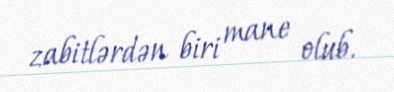
zabitlərdən biri mane olub.